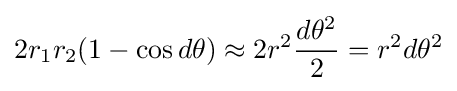
2r_{1}r_{2}(1-\cos d\theta )\approx 2r^{2}{\frac {d\theta ^{2}}{2}}=r^{2}d\theta ^{2}